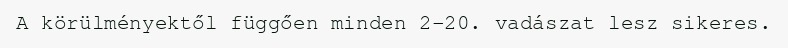
A körülményektől függően minden 2-20. vadászat lesz sikeres.